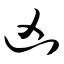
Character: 凶